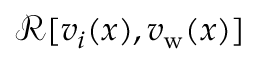
\mathcal { R } [ v _ { i } ( x ) , v _ { \mathrm { w } } ( x ) ]